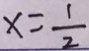
x = \frac { 1 } { 2 }